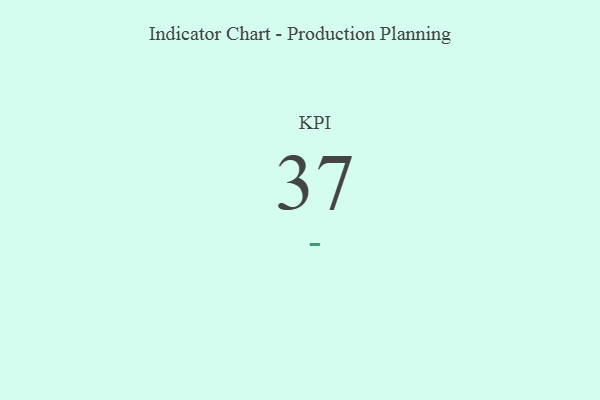
{"axis": {"x": "KPI", "y": "Value"}, "legend": [""], "data": [{"x": "KPI", "y": 37, "type": ""}]}